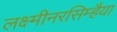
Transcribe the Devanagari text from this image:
लक्ष्मीनरसिम्हैया